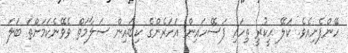
ހޭންފެށިއެވެ. ކަލޭ ހީކުރީ ތިހައި ފަސޭހައިން އަހަރެންގެ ކިބައިން ސަލާމަތް ވެވޭނެކަމަށްތަ ބަލަ